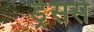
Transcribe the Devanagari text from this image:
ड्रेसर्स